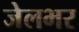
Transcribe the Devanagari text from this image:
जेलभर